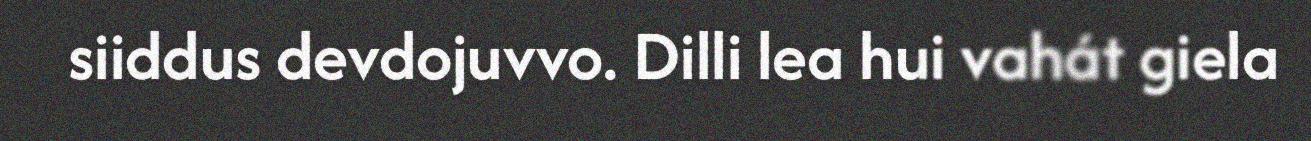
siiddus devdojuvvo. Dilli lea hui vahát giela